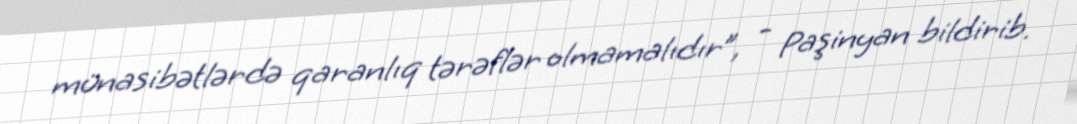
münasibətlərdə qaranlıq tərəflər olmamalıdır”, - Paşinyan bildirib.